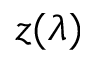
z ( \lambda )